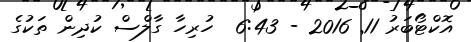
އޮކްޓޯބަރު 11